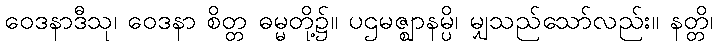
ဝေဒနာဒီသု၊ ဝေဒနာ စိတ္တ ဓမ္မတို့၌။ ပဌမဇ္ဈာနမ္ပိ၊ မျှသည်သော်လည်း။ နတ္တိ၊